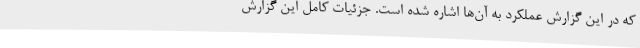
که در این گزارش عملکرد به آن‌ها اشاره شده است. جزئیات کامل این گزارش